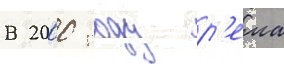
В 2000 году р'ема